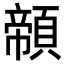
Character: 䫕